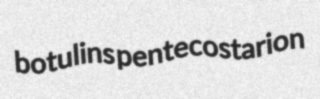
botulins pentecostarion